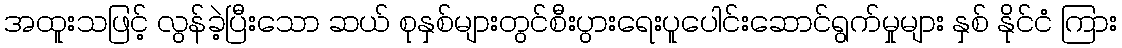
အထူးသဖြင့် လွန်ခဲ့ပြီးသော ဆယ် စုနှစ်များတွင်စီးပွားရေးပူပေါင်းဆောင်ရွက်မှုများ နှစ် နိုင်ငံ ကြား